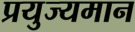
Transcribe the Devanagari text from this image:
प्रयुज्यमान